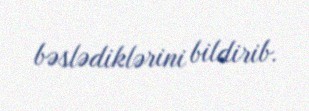
bəslədiklərini bildirib.